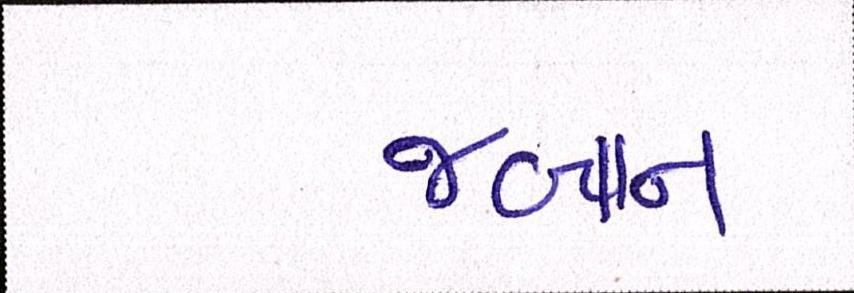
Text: જબાન